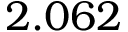
2 . 0 6 2